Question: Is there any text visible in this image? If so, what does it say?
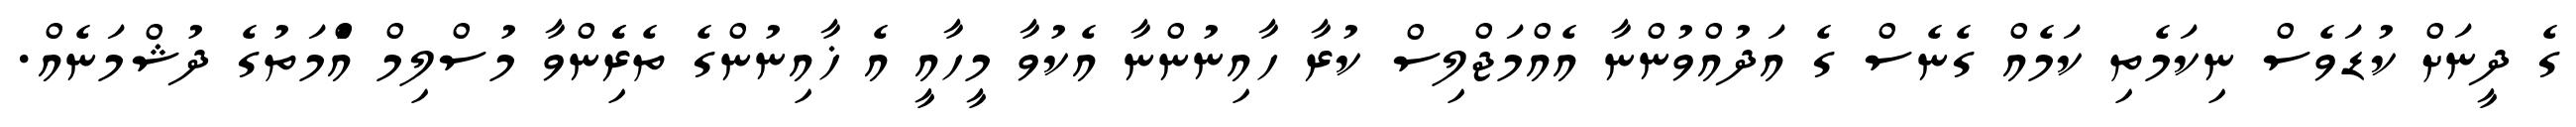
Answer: ގެ ދީނަށް ކުޑަވެސް ނިކަމެތި ކަމެއް ގެނެސް ގެ އަދުއްވުންނާ އެއްމަޖްލިސް ކުރާ ހާއިނުންނާ އެކުވާ މީހާއީ އެ ޚާއިނުންގެ ތެރެެިންވާ މުސްލިމް އުެްމަތުގެ ދުޝްމަނެއް.